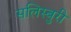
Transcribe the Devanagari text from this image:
सलिस्बुरी